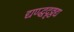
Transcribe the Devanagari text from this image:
द्यण्द्धदृठ्ठद्य